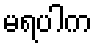
မရပါက